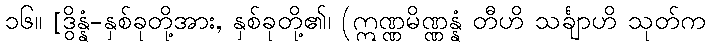
၁၆။ [ဒွိန္နံ-နှစ်ခုတို့အား, နှစ်ခုတို့၏၊ (ဣဏ္ဏမိဏ္ဏန္နံ တီဟိ သင်္ချာဟိ သုတ်က